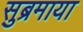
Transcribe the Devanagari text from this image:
सुब्रमाया